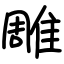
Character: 雕